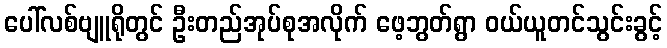
ပေါ်လစ်ဗျူရိုတွင် ဦးတည်အုပ်စုအလိုက် ဖေ့ဘွတ်ရွာ ဝယ်ယူတင်သွင်းခွင့်